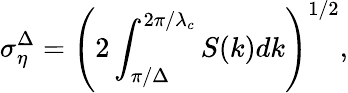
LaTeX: \sigma_{\eta}^{\Delta}=\left(2\int_{\pi/\Delta}^{2\pi/\lambda_{c}}S(k)dk\right)^{1/2},